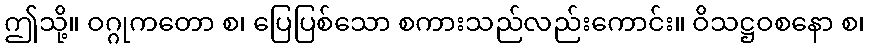
ဤသို့။ ဝဂ္ဂုကတော စ၊ ပြေပြစ်သော စကားသည်လည်းကောင်း။ ဝိသဋ္ဌဝစနော စ၊